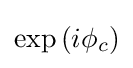
{\textstyle \exp {\left(i\phi _{c}\right)}}